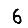
Digit: 6